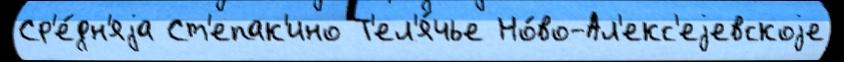
Ср'е́дн'яjа Ст'епак'ино Т'ел'я́чье Но́во-Ал'екс'еjевскоjе